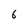
Character: 6